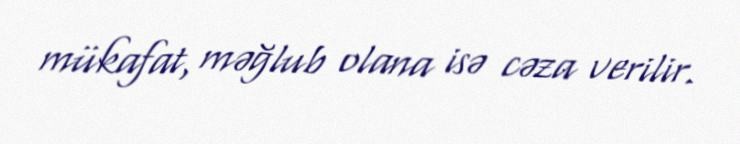
mükafat, məğlub olana isə cəza verilir.